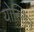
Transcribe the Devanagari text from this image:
योस्तिन